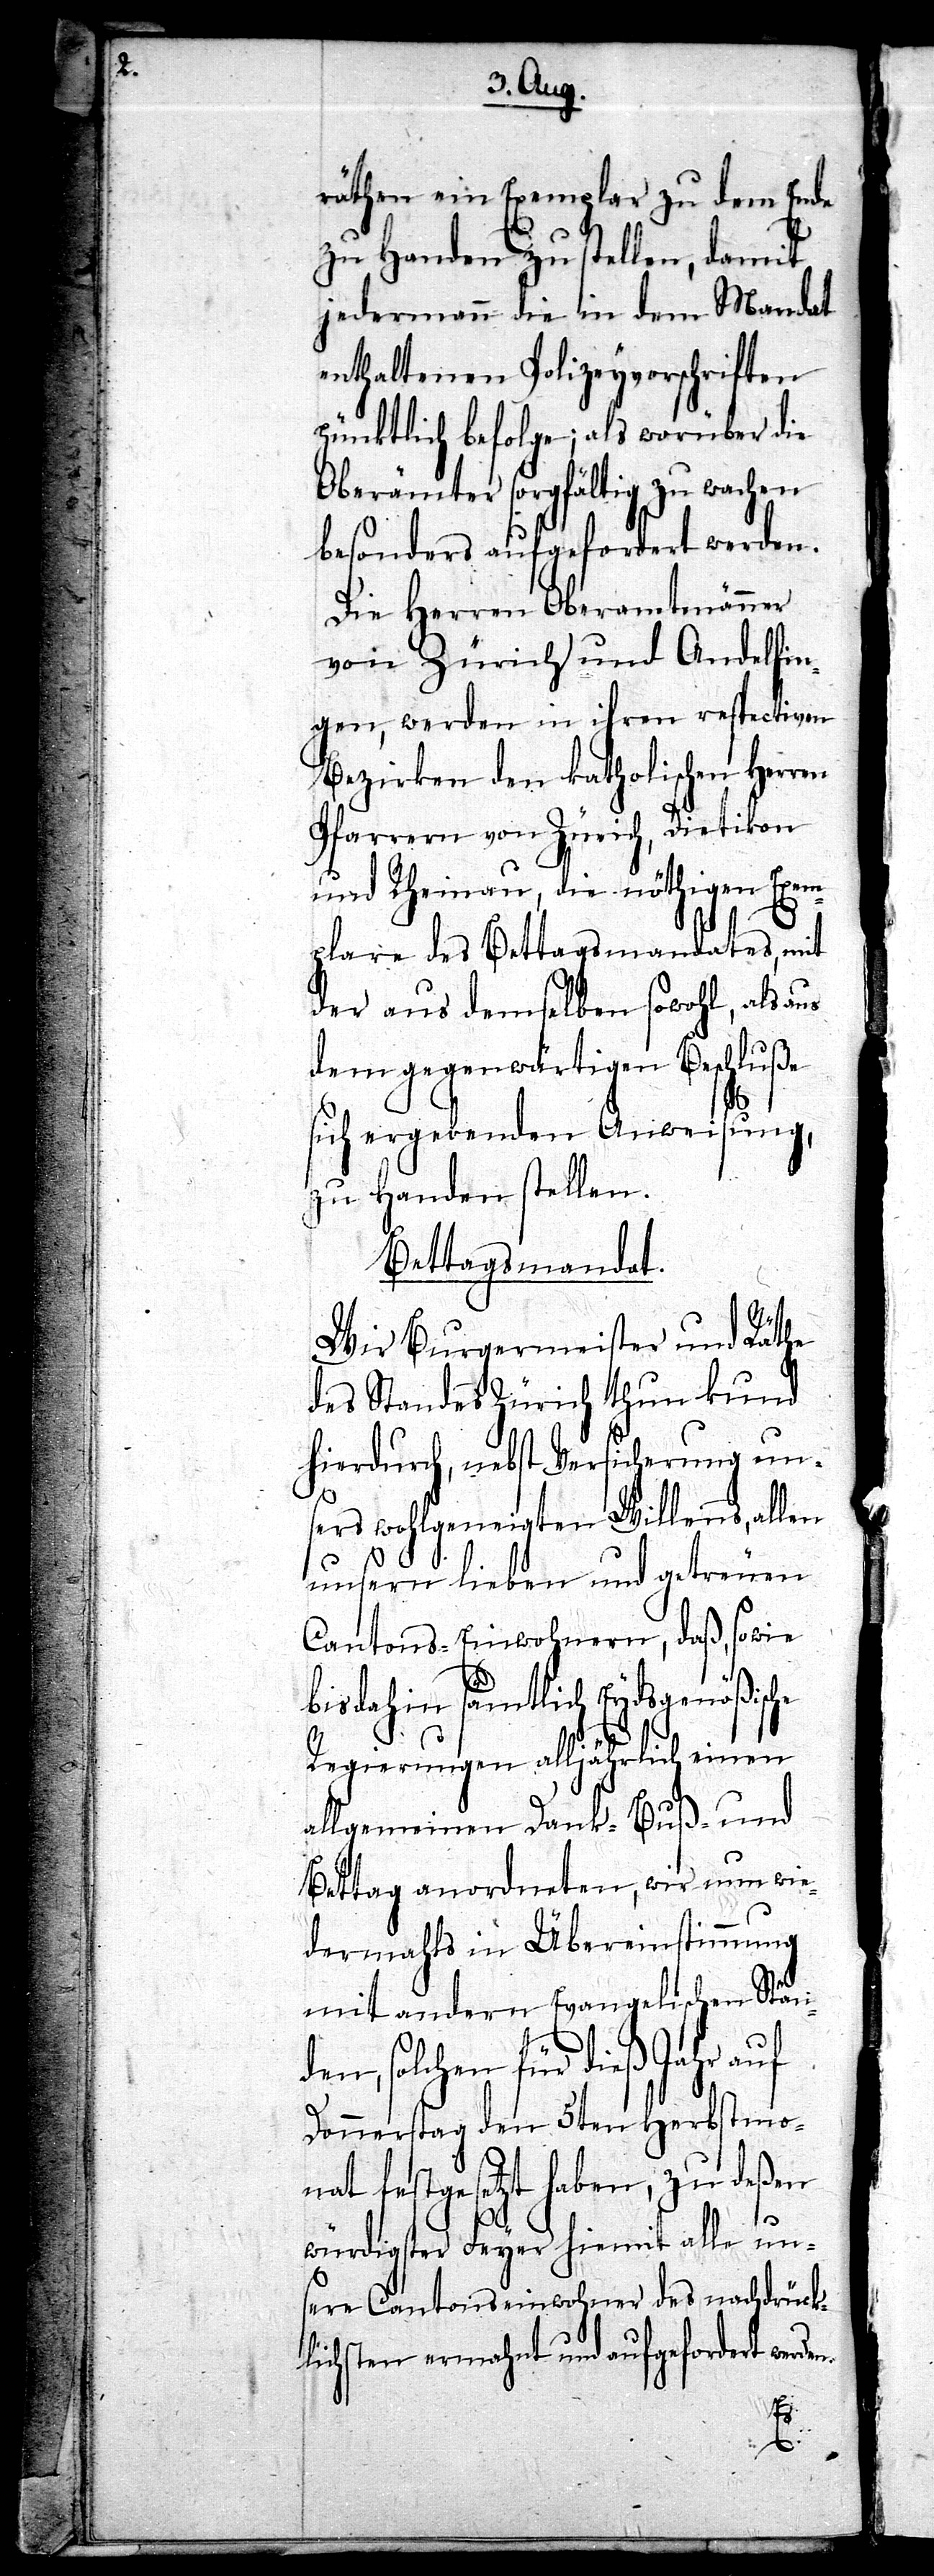
räthen ein Exemplar zu dem Ende
zu Handen zu stellen, damit
jedermann die in dem Mandat
enthaltenen Polizeyvorschriften
pünktlich befolge; als worüber die
Oberämter sorgfältig zu wachen
besonders aufgefordert werden.
Die Herren Oberamtmänner
von Zürich und Andelfin¬
gen, werden in ihren respectiven
Bezirken den katholischen Herren
Pfarrern von Zürich, Dietikon
und Rheinau, die nöthigen Exem¬
plare des Bettagsmandates, mit
der aus demselben sowohl, als aus
dem gegenwärtigen Beschluße
sich ergebenden Anweisung,
zu Handen stellen.
Bettagsmandat.
Wir Burgermeister und Räthe
des Standes Zürich thun kund
hierdurch, nebst Versicherung un¬
sers wohlgeneigten Willens, allen
unsern lieben und getreuen
Cantons-Einwohnern, daß, sowie
bis dahin sämtlich Eydsgenößische
Regierungen alljährlich einen
allgemeinen Dank- Buß- und
Bettag anordneten, wir nun wie¬
dermahls in Übereinstimmung
mit andern Evangelischen Ständ¬
en, solchen für dieß Jahr auf
Donnerstag den 5ten Herbstmo¬
nat festgesetzt haben, zu deßen
würdigster Feyer hiemit alle un¬
sere Cantonseinwohner des nachdrück¬
lichsten ermahnt und aufgefordert werde¬
n.